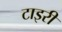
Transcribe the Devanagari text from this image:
टाइरी